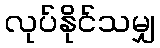
လုပ်နိုင်သမျှ